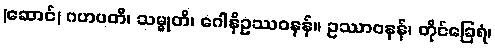
(ဆောင်) ဂဟပတိ၊ သမ္မုတိ၊ ဂေါနိဥဿဝနန်။ ဥဿာဝနန်၊ တိုင်ခြေရံ၊